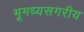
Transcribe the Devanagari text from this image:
भूमध्यसगरीय